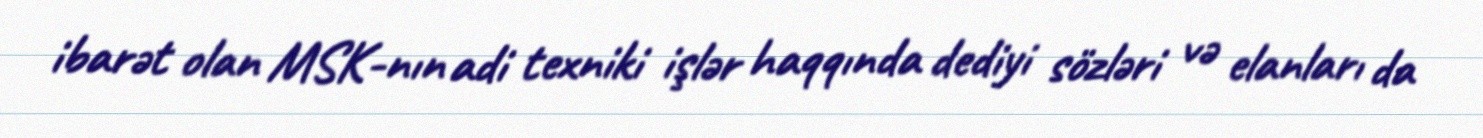
ibarət olan MSK-nın adi texniki işlər haqqında dediyi sözləri və elanları da